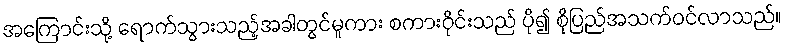
အကြောင်းသို့ ရောက်သွားသည့်အခါတွင်မူကား စကားဝိုင်းသည် ပို၍ စိုပြည်အသက်ဝင်လာသည်။